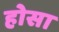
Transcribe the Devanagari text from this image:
होसा